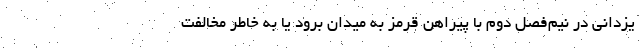
یزدانی در نیم‌فصل دوم با پیراهن قرمز به میدان برود یا به خاطر مخالفت